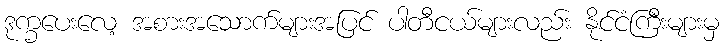
ဒုက္ခပေးလေ့ အစားအသောက်များအပြင် ပါတီငယ်များလည်း နိုင်ငံကြီးများမှ